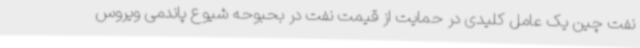
نفت چین یک عامل کلیدی در حمایت از قیمت نفت در بحبوحه شیوع پاندمی ویروس